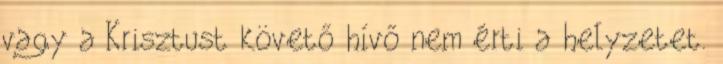
vagy a Krisztust követő hívő nem érti a helyzetet.